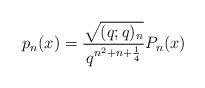
LaTeX: \begin{align*} p_n(x)=\frac{\sqrt{(q;q)_n}}{q^{n^2+n+\frac{1}{4}}}P_n(x) \end{align*}